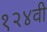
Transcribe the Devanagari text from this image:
१२४वी